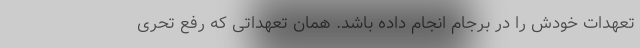
تعهدات خودش را در برجام انجام داده باشد. همان تعهداتی که رفع تحری